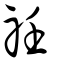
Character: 祍